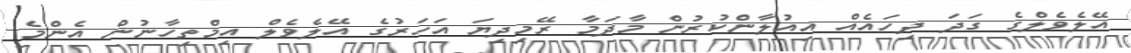
އޭލެވެލްގެ ގަދަ ދިހައެއް އިއުލާންކުރުން މާދަމާ ރޭމިދިޔަ އަހަރުގެ އޭލެވެލް އިމްތިހާނުން އެންމެ